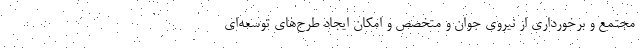
مجتمع و برخورداري از نيروي جوان و متخصص و امكان ايجاد طرح‌هاي توسعه‌اي